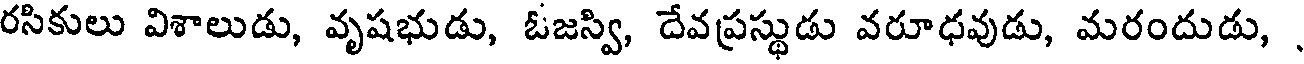
రసికులు విశాలుడు, వృషభుడు, ఓజస్వి, దేవప్రస్థుడు వరూధవుడు, మరందుడు,